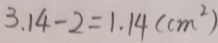
3 . 1 4 - 2 = 1 . 1 4 ( c m ^ { 2 } )